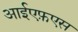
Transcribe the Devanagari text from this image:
आईएफ़एस